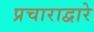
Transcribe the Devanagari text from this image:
प्रचाराद्वारे